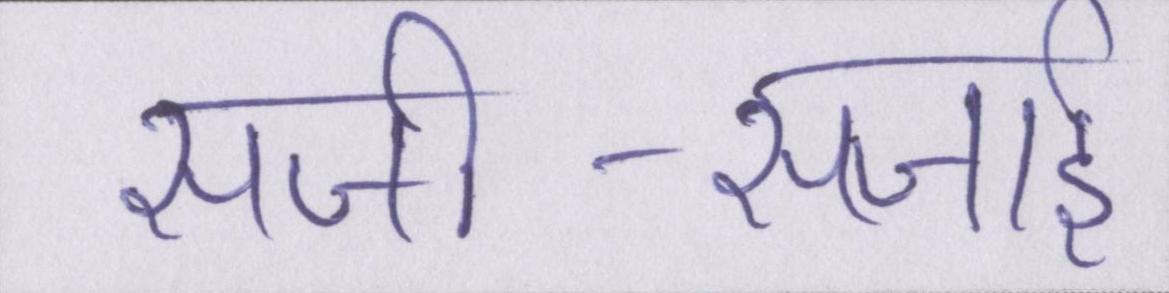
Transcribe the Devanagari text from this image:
सजी-सजाई